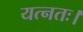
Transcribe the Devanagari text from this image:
यत्नतः।